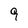
Character: 9